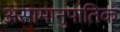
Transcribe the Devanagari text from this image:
असामानुपातिक